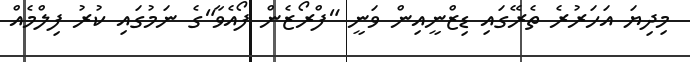
މިދިޔަ އަހަރުރެ ތެރޭގައި ޑިޒްނީއިން ވަނީ "ފްރޯޒެން ފޯއެވާ"ގެ ނަމުގައި ކުރު ފިލްމެއް